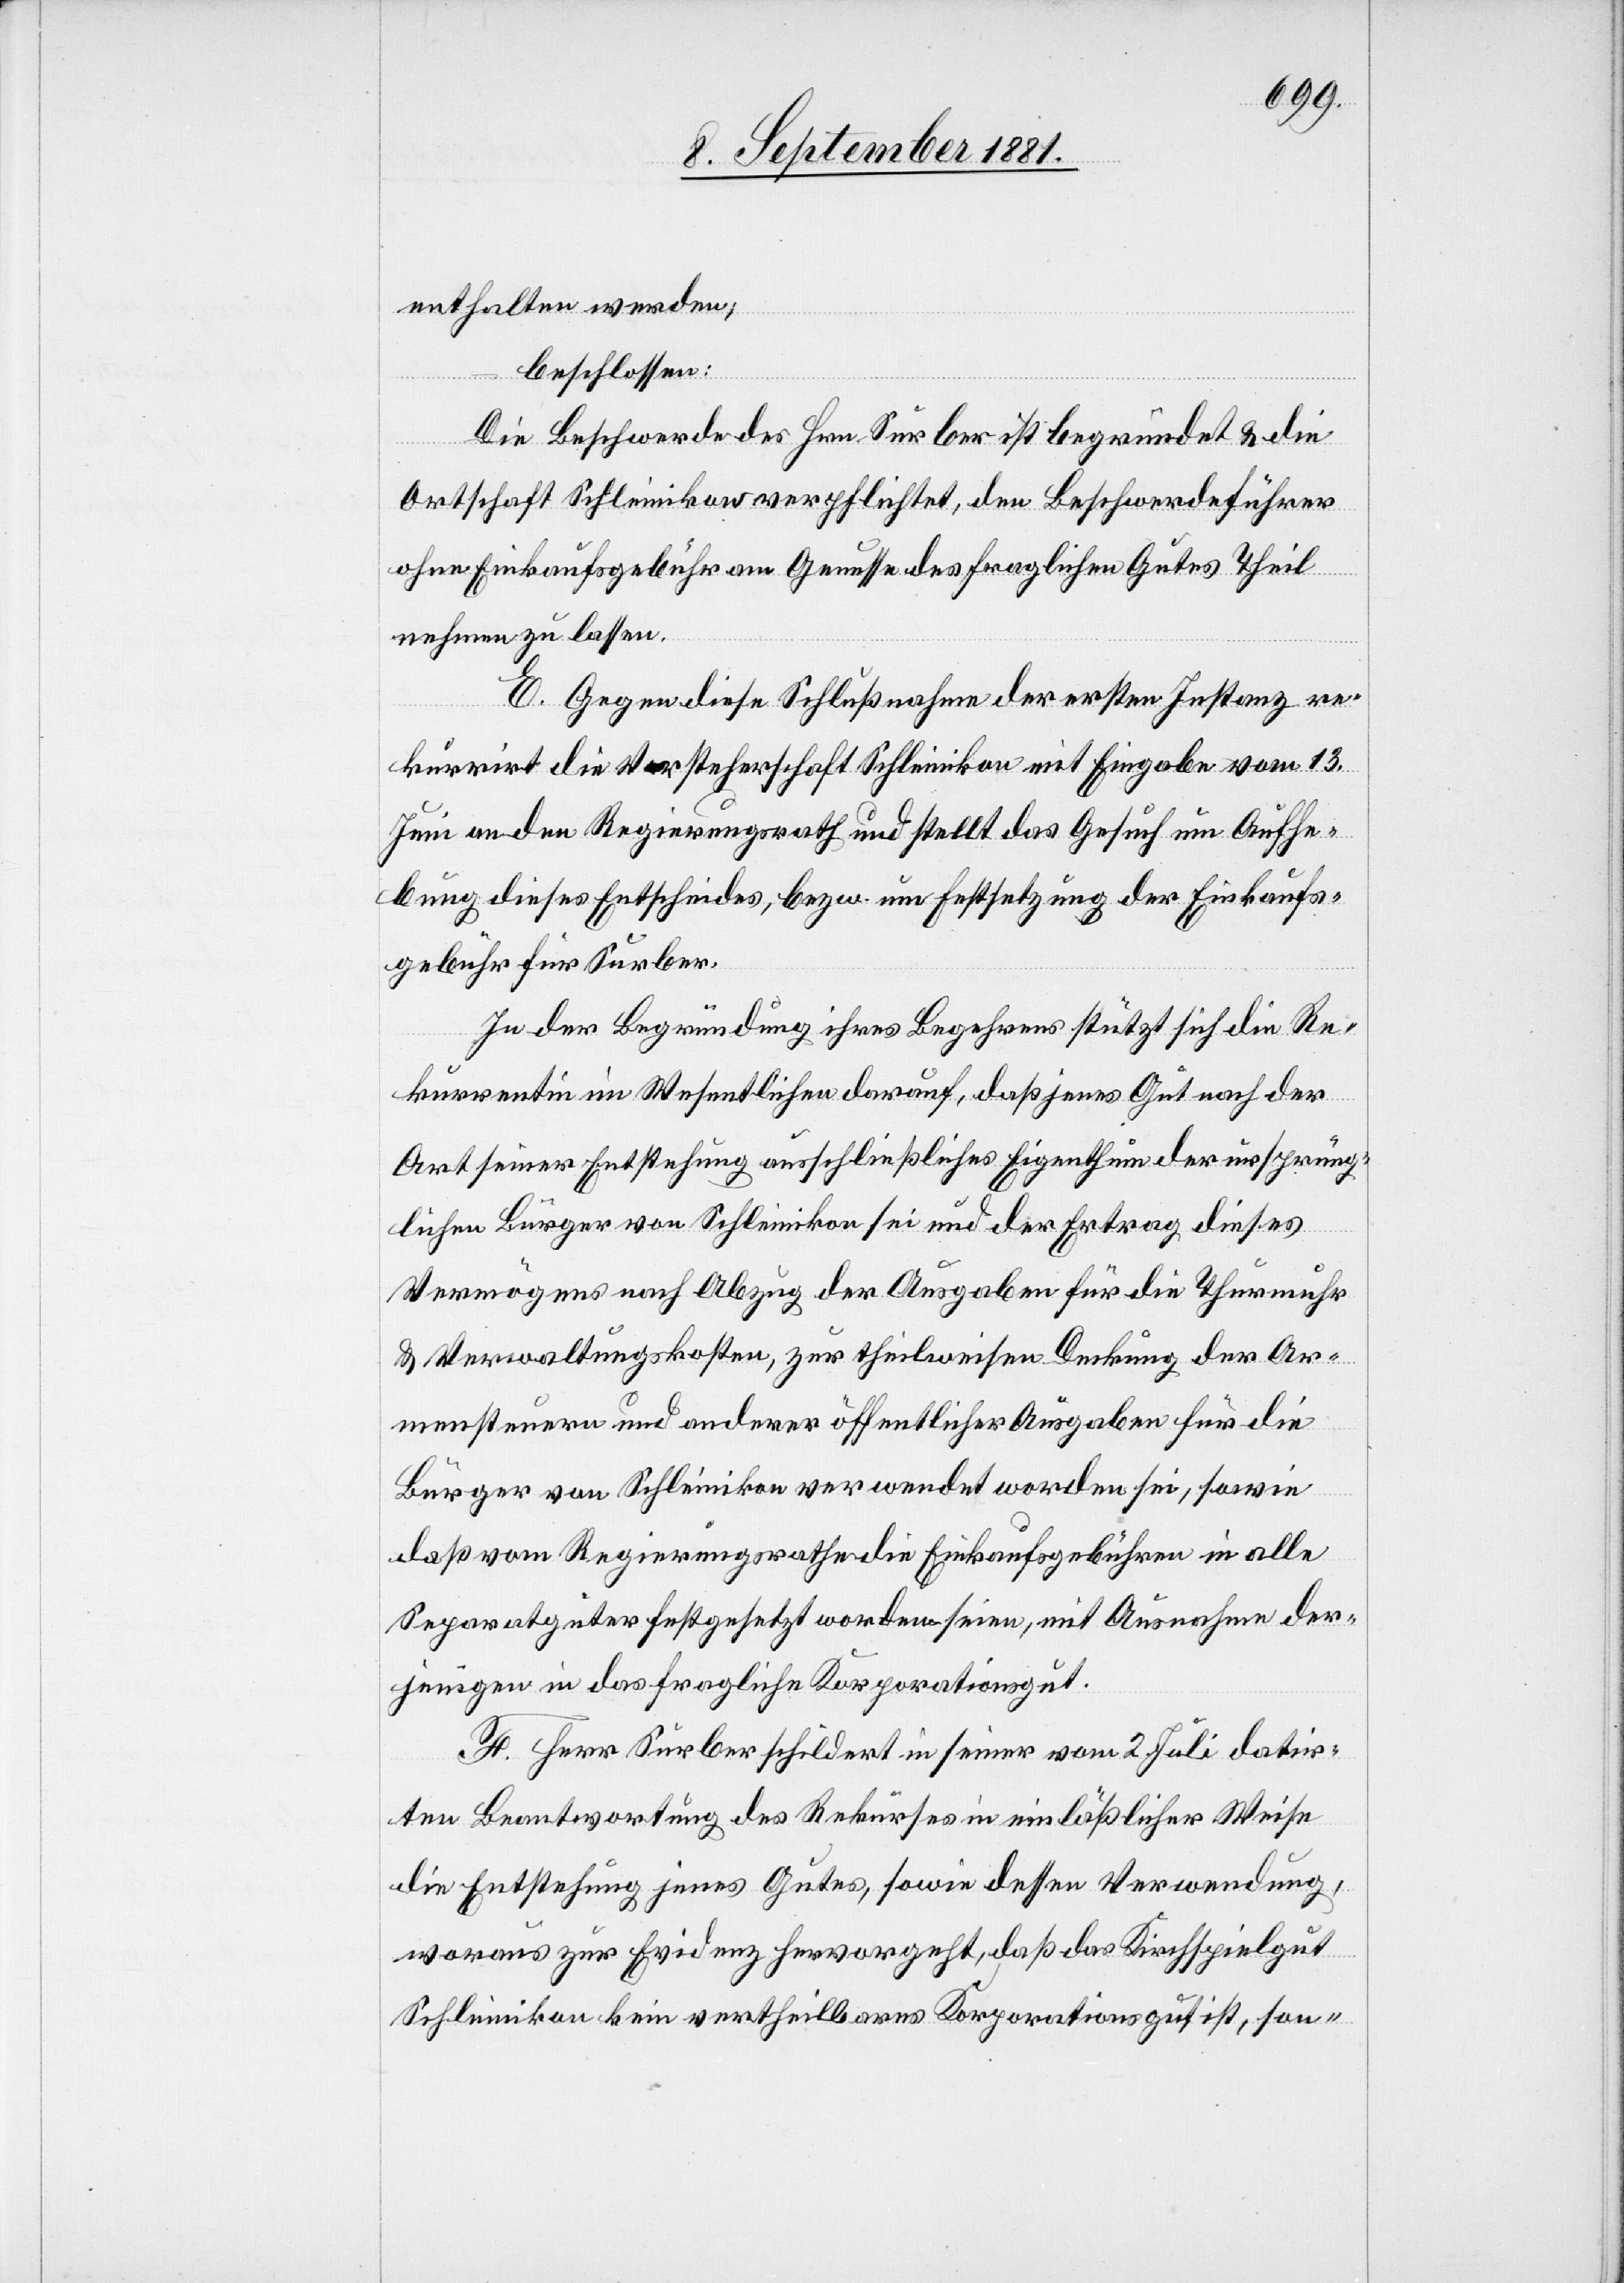
enthalten werden;
beschlossen:
Die Beschwerde des Hrn. Surber ist begründet & die
Ortschaft Schleinikon verpflichtete, den Beschwerdeführer
ohne Einkaufsgebühren am Genusse des fraglichen Gutes Theil
nehmen zu lassen.
E. Gegen diese Schlußnahme der ersten Instanz re¬
kurrirt die Vorsteherschaft Schleinikon mit Eingabe vom 13.
Juni an den Regierungsrath und stellt das Gesuch um Aufhe¬
bung dieses Entscheides, bezw. um Festsetzung der Einkaufs¬
gebühr für Surber.
In der Begründung ihres Begehrens stützt sich die Re¬
kurrentin im Wesentlichen darauf, daß jenes Gut nach der
Art seiner Entstehung ausschließliches Eigenthum der ursprüng¬
lichen Bürger von Schleinikon sei und der Ertrag dieses
Vermögens nach Abzug der Ausgaben für die Thurmuhr
& Verwaltungskosten, zur theilweisen Deckung der Ar¬
mensteuern und anderer öffentlicher Ausgaben für die
Bürger von Schleinikon verwendet worden sei, sowie
daß vom Regierungsrathe die Einkaufsgebühren in alle
Separatgüter festgesetzt worden seien, mit Ausnahme der¬
jenigen in das fragliche Korporationsgut.
F. Herr Surber schildert in seiner vom 2. Juli datir¬
ten Beantwortung des Rekurses in einläßlicher Weise
die Entstehung jenes Gutes, sowie dessen Verwendung,
woraus zur Evidenz hervorgeht, daß das Kirchspielgut
Schleinikon kein vertheilbares korporationsgut ist, son-